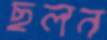
ছলন